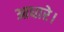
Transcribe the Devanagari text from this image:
आधारे।